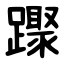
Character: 䠫